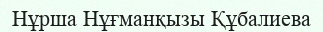
Нұрша Нұғманқызы Құбалиева